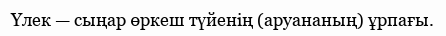
Үлек — сыңар өркеш түйенің (аруананың) ұрпағы.